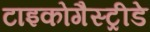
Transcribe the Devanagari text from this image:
टाइकोगैस्ट्रीडे